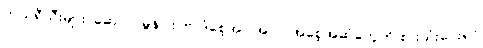
ဘယ်ရီသီးများ၊ ဆော်လမွန်ငါး ၊ဗာဒံစေ့အပါအဝင် အစေ့အဆံတွေကို စားသုံးပေးရင်